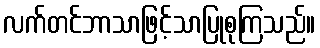
လက်တင်ဘာသာဖြင့်သာပြုစုကြသည်။